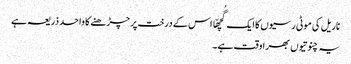
ناریل کی موٹی رسیوں کا ایک گُچھّا اس کے درخت پر چڑھنے کا واحد ذریعہ ہے
یہ چنوتیوں بھرا وقت ہے۔